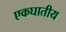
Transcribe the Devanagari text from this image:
एकघातीय